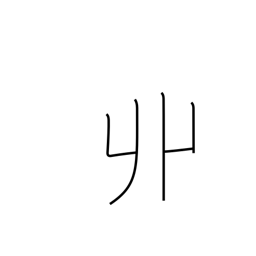
Meaning: horn-shaped locks of hair